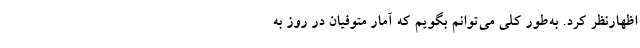
اظهارنظر کرد. به‌طور کلی می‌توانم بگویم که آمار متوفیان در روز به